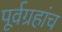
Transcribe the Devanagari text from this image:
पूर्वग्रहांच